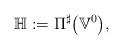
LaTeX: \begin{gather*}\mathbb{H}:=\Pi^{\sharp}\big(\mathbb{V}^{0}\big),\end{gather*}